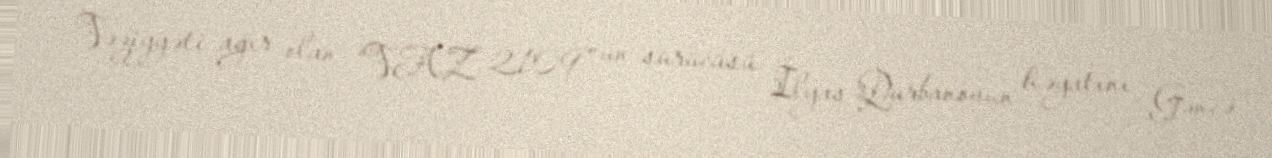
Vəziyyəti ağır olan “VAZ 2109” un sürücüsü İlyas Qurbanovun həyatını Gəncə